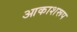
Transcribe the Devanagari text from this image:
आकाशरूप